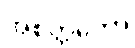
အစိတ္တကော